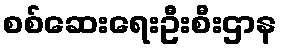
စစ်ဆေးရေးဦးစီးဌာန